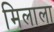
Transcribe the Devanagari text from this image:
मिलाला